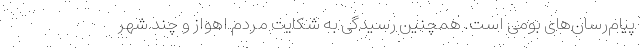
پیام‌رسان‌های بومی است. همچنین رسیدگی به شکایت مردم اهواز و چند شهر